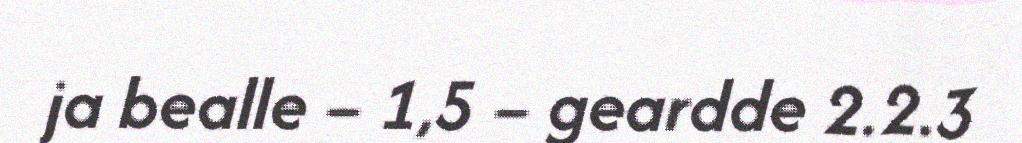
ja bealle – 1,5 – geardde 2.2.3